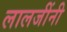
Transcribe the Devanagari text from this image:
लालजींनी